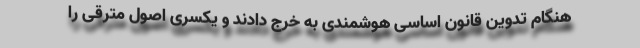
هنگام تدوین قانون اساسی هوشمندی به خرج دادند و یکسری اصول مترقی را